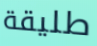
طليقة